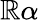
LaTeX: \mathbb{R}\, \! \alpha